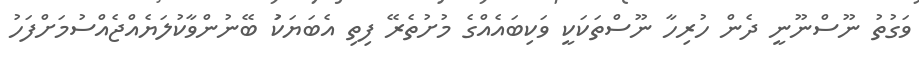
ވަގުތު ނޫސްނޫނީ ދެން ހުރިހާ ނޫސްތަކަކީ ވަކިބައެއްގެ މުށުތެރޭ ފިތި އެބަޔަކަު ބޭނުންވާކުލަޔެއްޖެއްސުމަށްފަހު